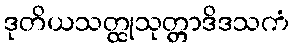
ဒုတိယသတ္ထုသုတ္တာဒိဒသကံ